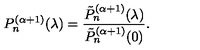
P _ { n } ^ { ( \alpha + 1 ) } ( \lambda ) = \frac { \tilde { P } _ { n } ^ { ( \alpha + 1 ) } ( \lambda ) } { \tilde { P } _ { n } ^ { ( \alpha + 1 ) } ( 0 ) } .